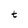
Character: t